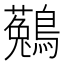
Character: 𪆆